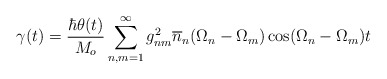
\begin{align*}\gamma(t) = \frac{\hbar \theta(t)}{M_o} \sum^\infty_{n,m=1}g^2_{nm} \overline{n}_n(\Omega_n - \Omega_m) \cos(\Omega_n - \Omega_m)t\end{align*}